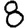
Digit: 8